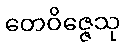
တေဝိဇ္ဇေသု